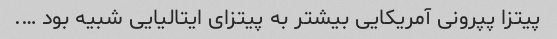
پیتزا پپرونی آمریکایی بیشتر به پیتزای ایتالیایی شبیه بود ….